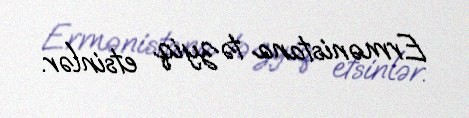
Ermənistana təzyiq etsinlər.